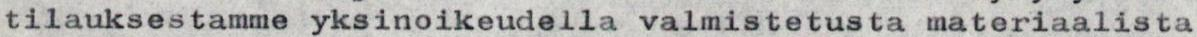
tilauksestamme yksinoikeudella valmistetusta materiaalista